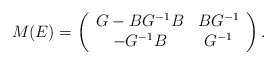
\begin{align*}M(E)=\left(\begin{array}{cc}G-BG^{-1}B & BG^{-1} \\-G^{-1}B & G^{-1}\end{array}\right).\end{align*}